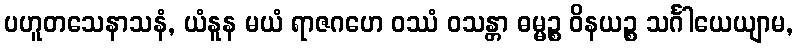
ပဟူတသေနာသနံ, ယံနူန မယံ ရာဇဂဟေ ဝဿံ ဝသန္တာ ဓမ္မဉ္စ ဝိနယဉ္စ သင်္ဂါယေယျာမ,